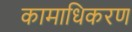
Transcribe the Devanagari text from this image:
कामाधिकरण